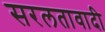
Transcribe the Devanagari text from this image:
सरलतावादी